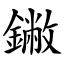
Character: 䥕